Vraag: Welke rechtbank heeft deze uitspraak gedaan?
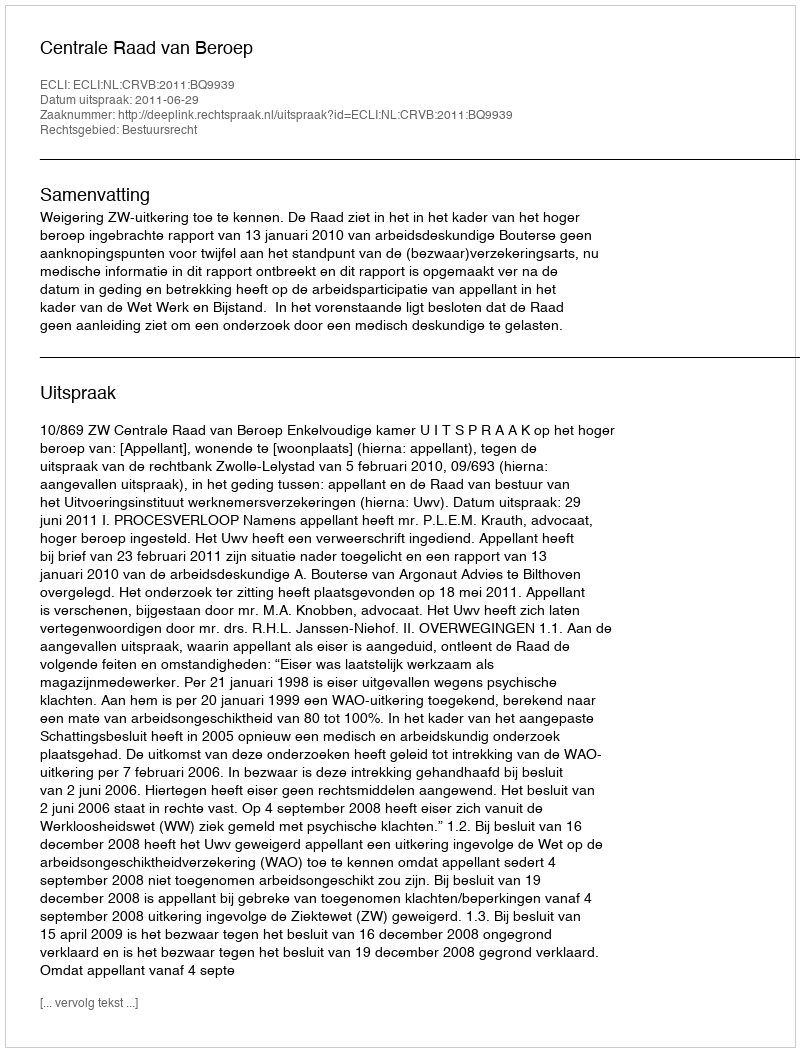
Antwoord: Centrale Raad van Beroep